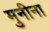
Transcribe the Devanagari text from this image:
मुनीना